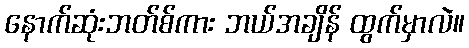
နောက်ဆုံးဘတ်စ်ကား ဘယ်အချိန် ထွက်မှာလဲ။